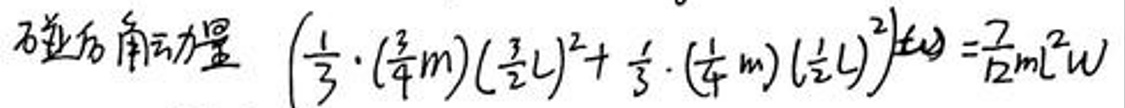
\( \frac{1}{3} \cdot ( \frac{3}{4} m ) ( \frac{3}{2} L ) ^ { 2 } + \frac{1}{3} \cdot ( \frac{1}{4} m ) ( \frac{1}{2} L ) ^ { 2 } \omega ^ { 2 } = \frac{7}{12} m L ^ { 2 } \omega ^ { 2 } \)